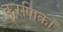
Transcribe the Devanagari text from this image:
करणिकां